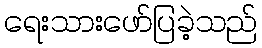
ရေးသားဖော်ပြခဲ့သည်